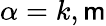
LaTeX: \alpha=k,\mathsf{m}